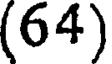
(64)